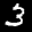
Label: 3